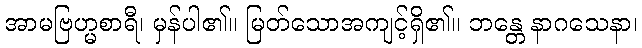
အာမဗြဟ္မစာရီ၊ မှန်ပါ၏။ မြတ်သောအကျင့်ရှိ၏။ ဘန္တေ နာဂသေနာ၊